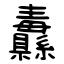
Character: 纛